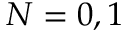
N = 0 , 1